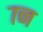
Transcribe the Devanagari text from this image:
७न